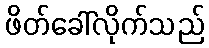
ဖိတ်ခေါ်လိုက်သည်